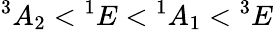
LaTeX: {}^{3}A_{2}<{}^{1}E<{}^{1}A_{1}<{}^{3}E